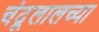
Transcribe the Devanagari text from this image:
चंदूलालच्या